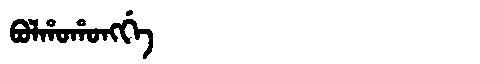
Manchu: ᠪᠣᠯᡥᠣᡥᠣᠩᡤᡝ
Romanization: BOLHOHONGGE